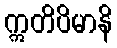
ဣတိပိမာနိ